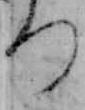
つ